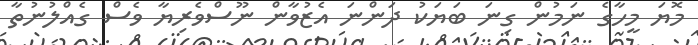
މޮޔަ މީހާގެ ނަމުން ގިނަ ބަޔަކު ދަންނަ އެޒުވާން ނޫސްވެރިޔާ ވެސް ގެއްލުނުތާ